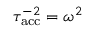
\tau _ { \mathrm { a c c } } ^ { - 2 } = \omega ^ { 2 }